Lunatic asylums in Bengal annual reports 1888-1898 - 1888-1898
Year: 1888
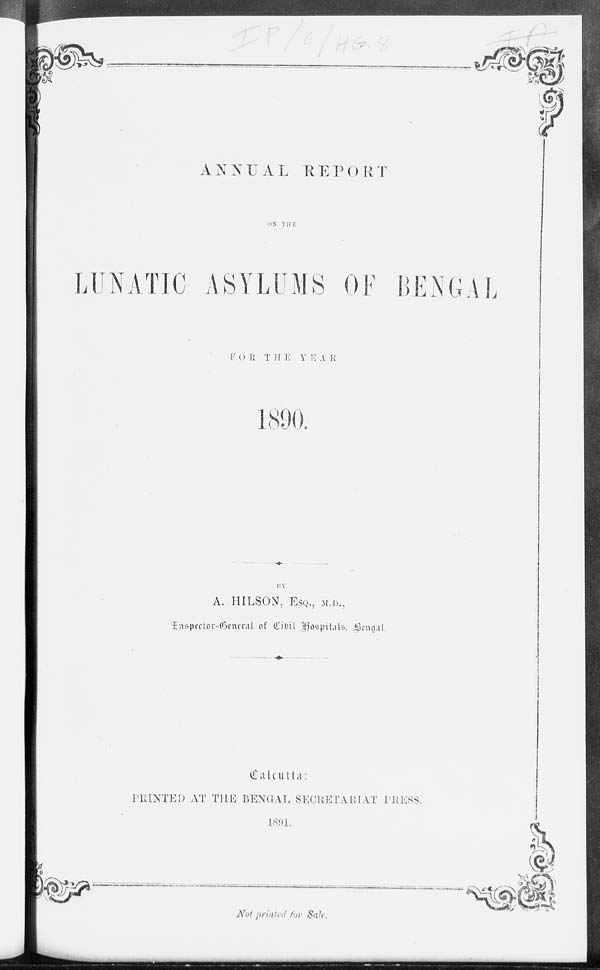
ANNUAL
REPORT
ON THE
LUNATIC ASYLUMS OF BENGAL
FOR THE YEAR
1890.
BY
A. HILSON, ESQ., M.D.,
Inspector-General of Civil Hospitals, Bengal.
Calcutta:
PRINTED AT THE BENGAL SECRETARIAT PRESS.
1891.
Not printed for Sale.